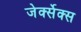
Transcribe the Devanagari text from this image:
जेर्क्सेक्स